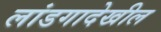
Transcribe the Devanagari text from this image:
लांडगादेखील